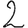
Digit: 2